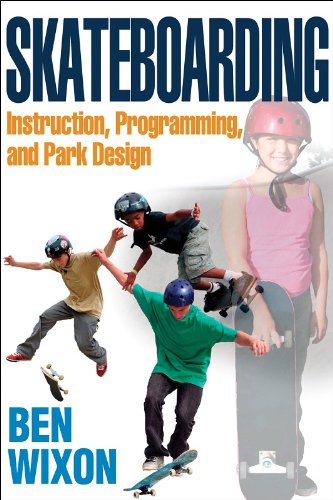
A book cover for Skateboarding: Instruction, Programming and Park Design; Ben Wixon; Sports & Outdoors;